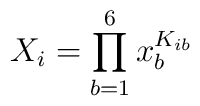
X_i=\prod_{b=1}^6 x_b^{K_{ib}}